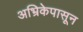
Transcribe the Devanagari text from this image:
अभ्रिकेपासून